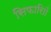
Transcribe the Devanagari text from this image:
सिफारिाों